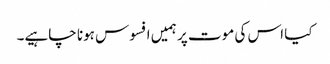
کیا اس کی موت پر ہمیں افسوس ہونا چاہیے۔